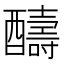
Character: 醻